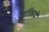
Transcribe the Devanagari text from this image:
द्वारिकामें